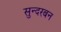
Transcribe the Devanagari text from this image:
सुन्दरबन